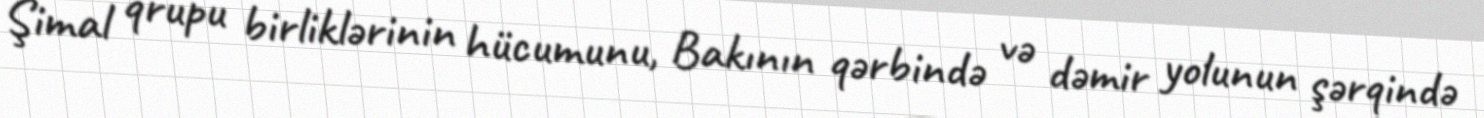
Şimal qrupu birliklərinin hücumunu, Bakının qərbində və dəmir yolunun şərqində